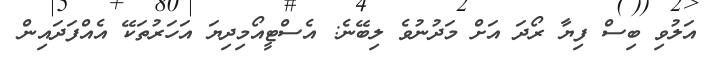
އަލުވި ބިސް ފިޔާ ރޯދަ އަށް މަދުނުވެ ލިބޭނެ: އެސްޓީއޯމިދިޔަ އަހަރުތަކޭ އެއްފަދައިން